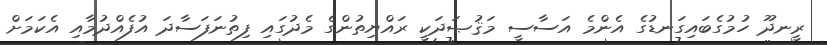
ރީނދޫ ހުމުގެބައިގަނޑުގެ އެންމެ އަސާސީ މަޤުޞަދަކީ ރައްޔިތުންގެ މެދުގައި ފިތުނަފަސާދަ އުފެއްދުމާއި އެކަމަށް